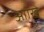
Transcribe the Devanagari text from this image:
आॉखे